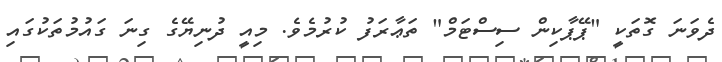
ދެވަނަ ގޮތަކީ "ޕޭޕާކިން ސިސްޓަމް" ތަޢާރަފު ކުރުމެވެ. މިއީ ދުނިޔޭގެ ގިނަ ގައުމުތަކުގައި